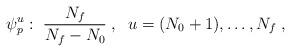
LaTeX: \begin{align*}\psi_p^{u}: \; \frac{N_f}{N_f - N_0}\;, \;\; u = (N_0 +1), \dots, N_f\;,\end{align*}